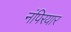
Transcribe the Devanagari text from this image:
नंपिरयार